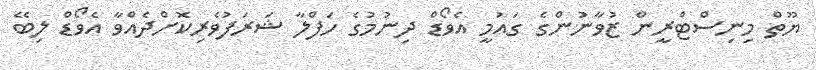
ޔޫތް މިނިސްޓްރީން ޒުވާނުންގެ ގައުމީ އެވޯޑް ދިނުމުގެ ހަފްލާ ޝަރަފުވެރިކޮށްދެއްވާ އެވޯޑް ލިބޭ